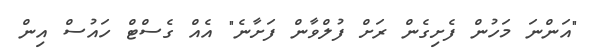
"އަންނަ މަހުން ފެށިގެން ރަށް ފުލްވާން ފަށާނެ" އެއް ގެސްޓް ހައުސް އިން